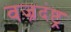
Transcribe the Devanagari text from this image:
वज्रदंष्ट्र